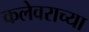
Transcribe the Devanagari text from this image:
कलेवराच्या